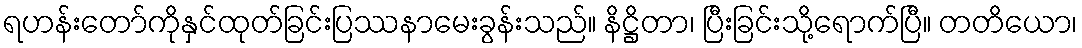
ရဟန်းတော်ကိုနှင်ထုတ်ခြင်းပြဿနာမေးခွန်းသည်။ နိဋ္ဌိတာ၊ ပြီးခြင်းသို့ရောက်ပြီ။ တတိယော၊